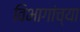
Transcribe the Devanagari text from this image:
विभागांच्‍या